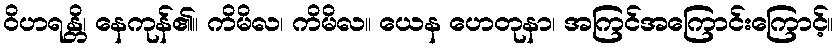
ဝိဟရန္တိ၊ နေကုန်၏။ ကိမိလ၊ ကိမိလ။ ယေန ဟေတုနာ၊ အကြင်အကြောင်းကြောင့်။